Scottish Certificate of Education, 1963
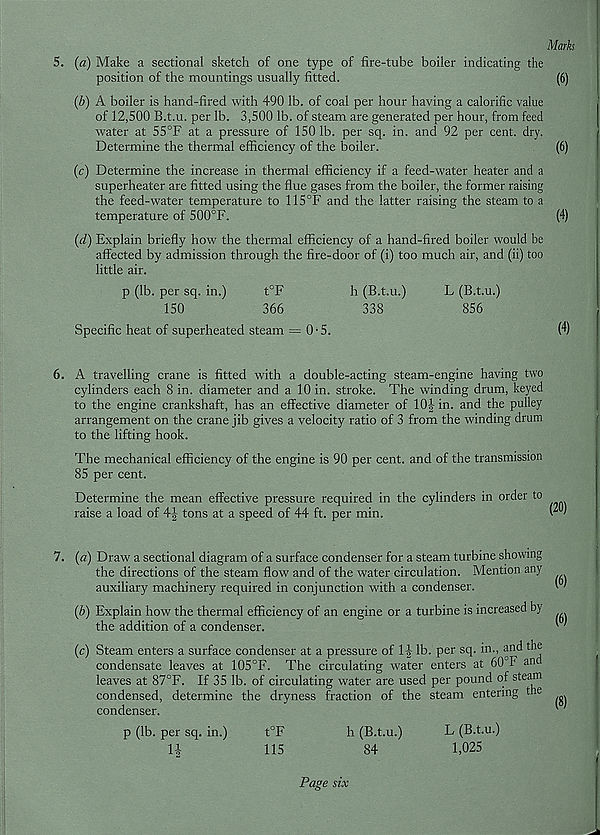
Mark
5. (a) Make a sectional sketch of one type of fire-tube boiler indicating the
position of the mountings usually fitted.
(6)
(b) A boiler is hand-fired with 490 lb. of coal per hour having a calorific value
of 12,500 B.t.u. per lb. 3,500 lb. of steam are generated per hour, from feed
water at 55°F at a pressure of 150 lb. per sq. in. and 92 per cent. dry.
Determine the thermal efficiency of the boiler.
(6)
(c) Determine the increase in thermal efficiency if a feed-water heater and a
superheater are fitted using the flue gases from the boiler, the former raising
the feed-water temperature to 115°F and the latter raising the steam to a
temperature of 500°F.
(4)
(d) Explain briefly how the thermal efficiency of a hand-fired boiler would be
affected by admission through the fire-door of (i) too much air, and (ii) too
little air.
p (lb. per sq. in.)
t°F
h (B.t.u.)
L (B.t.u.)
150
366
338
856
Specific heat of superheated steam = 0-5.
H)
6. A travelling crane is fitted with a double-acting steam-engine having two
cylinders each 8 in. diameter and a 10 in. stroke. The winding drum, keyed
to the engine crankshaft, has an effective diameter of 10^ in. and the pulley
arrangement on the crane jib gives a velocity ratio of 3 from the winding drum
to the lifting hook.
The mechanical efficiency of the engine is 90 per cent, and of the transmission
85 per cent.
Determine the mean effective pressure required in the cylinders in order to
raise a load of 4-3,- tons at a speed of 44 ft. per min.
7. (a) Draw a sectional diagram of a surface condenser for a steam turbine showing
the directions of the steam flow and of the water circulation. Mention any
auxiliary machinery required in conjunction with a condenser.
(b) Explain how the thermal efficiency of an engine or a turbine is increased by
the addition of a condenser.
(c) Steam enters a surface condenser at a pressure of 1|- lb. per sq. in., and the
condensate leaves at 105°F. The circulating water enters at 60°F an
leaves at 87°F. If 35 lb. of circulating water are used per pound of steam
condensed, determine the dryness fraction of the steam entering the
condenser.
(6)
(6)
(8)
p (lb. per sq. in.)
11-
t°F
115
h (B.t.u.)
84
Page six
L (B.t.u.)
1,025